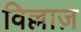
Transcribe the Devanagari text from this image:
विल्लाज़